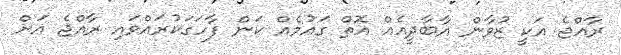
ރާއްޖެ އަކީ ޒުވާން އާބާދީއެއް އޮތް ގައުމެއް ކަން ފާހަގަކުރައްވައި ރާއްޖެ އަށް